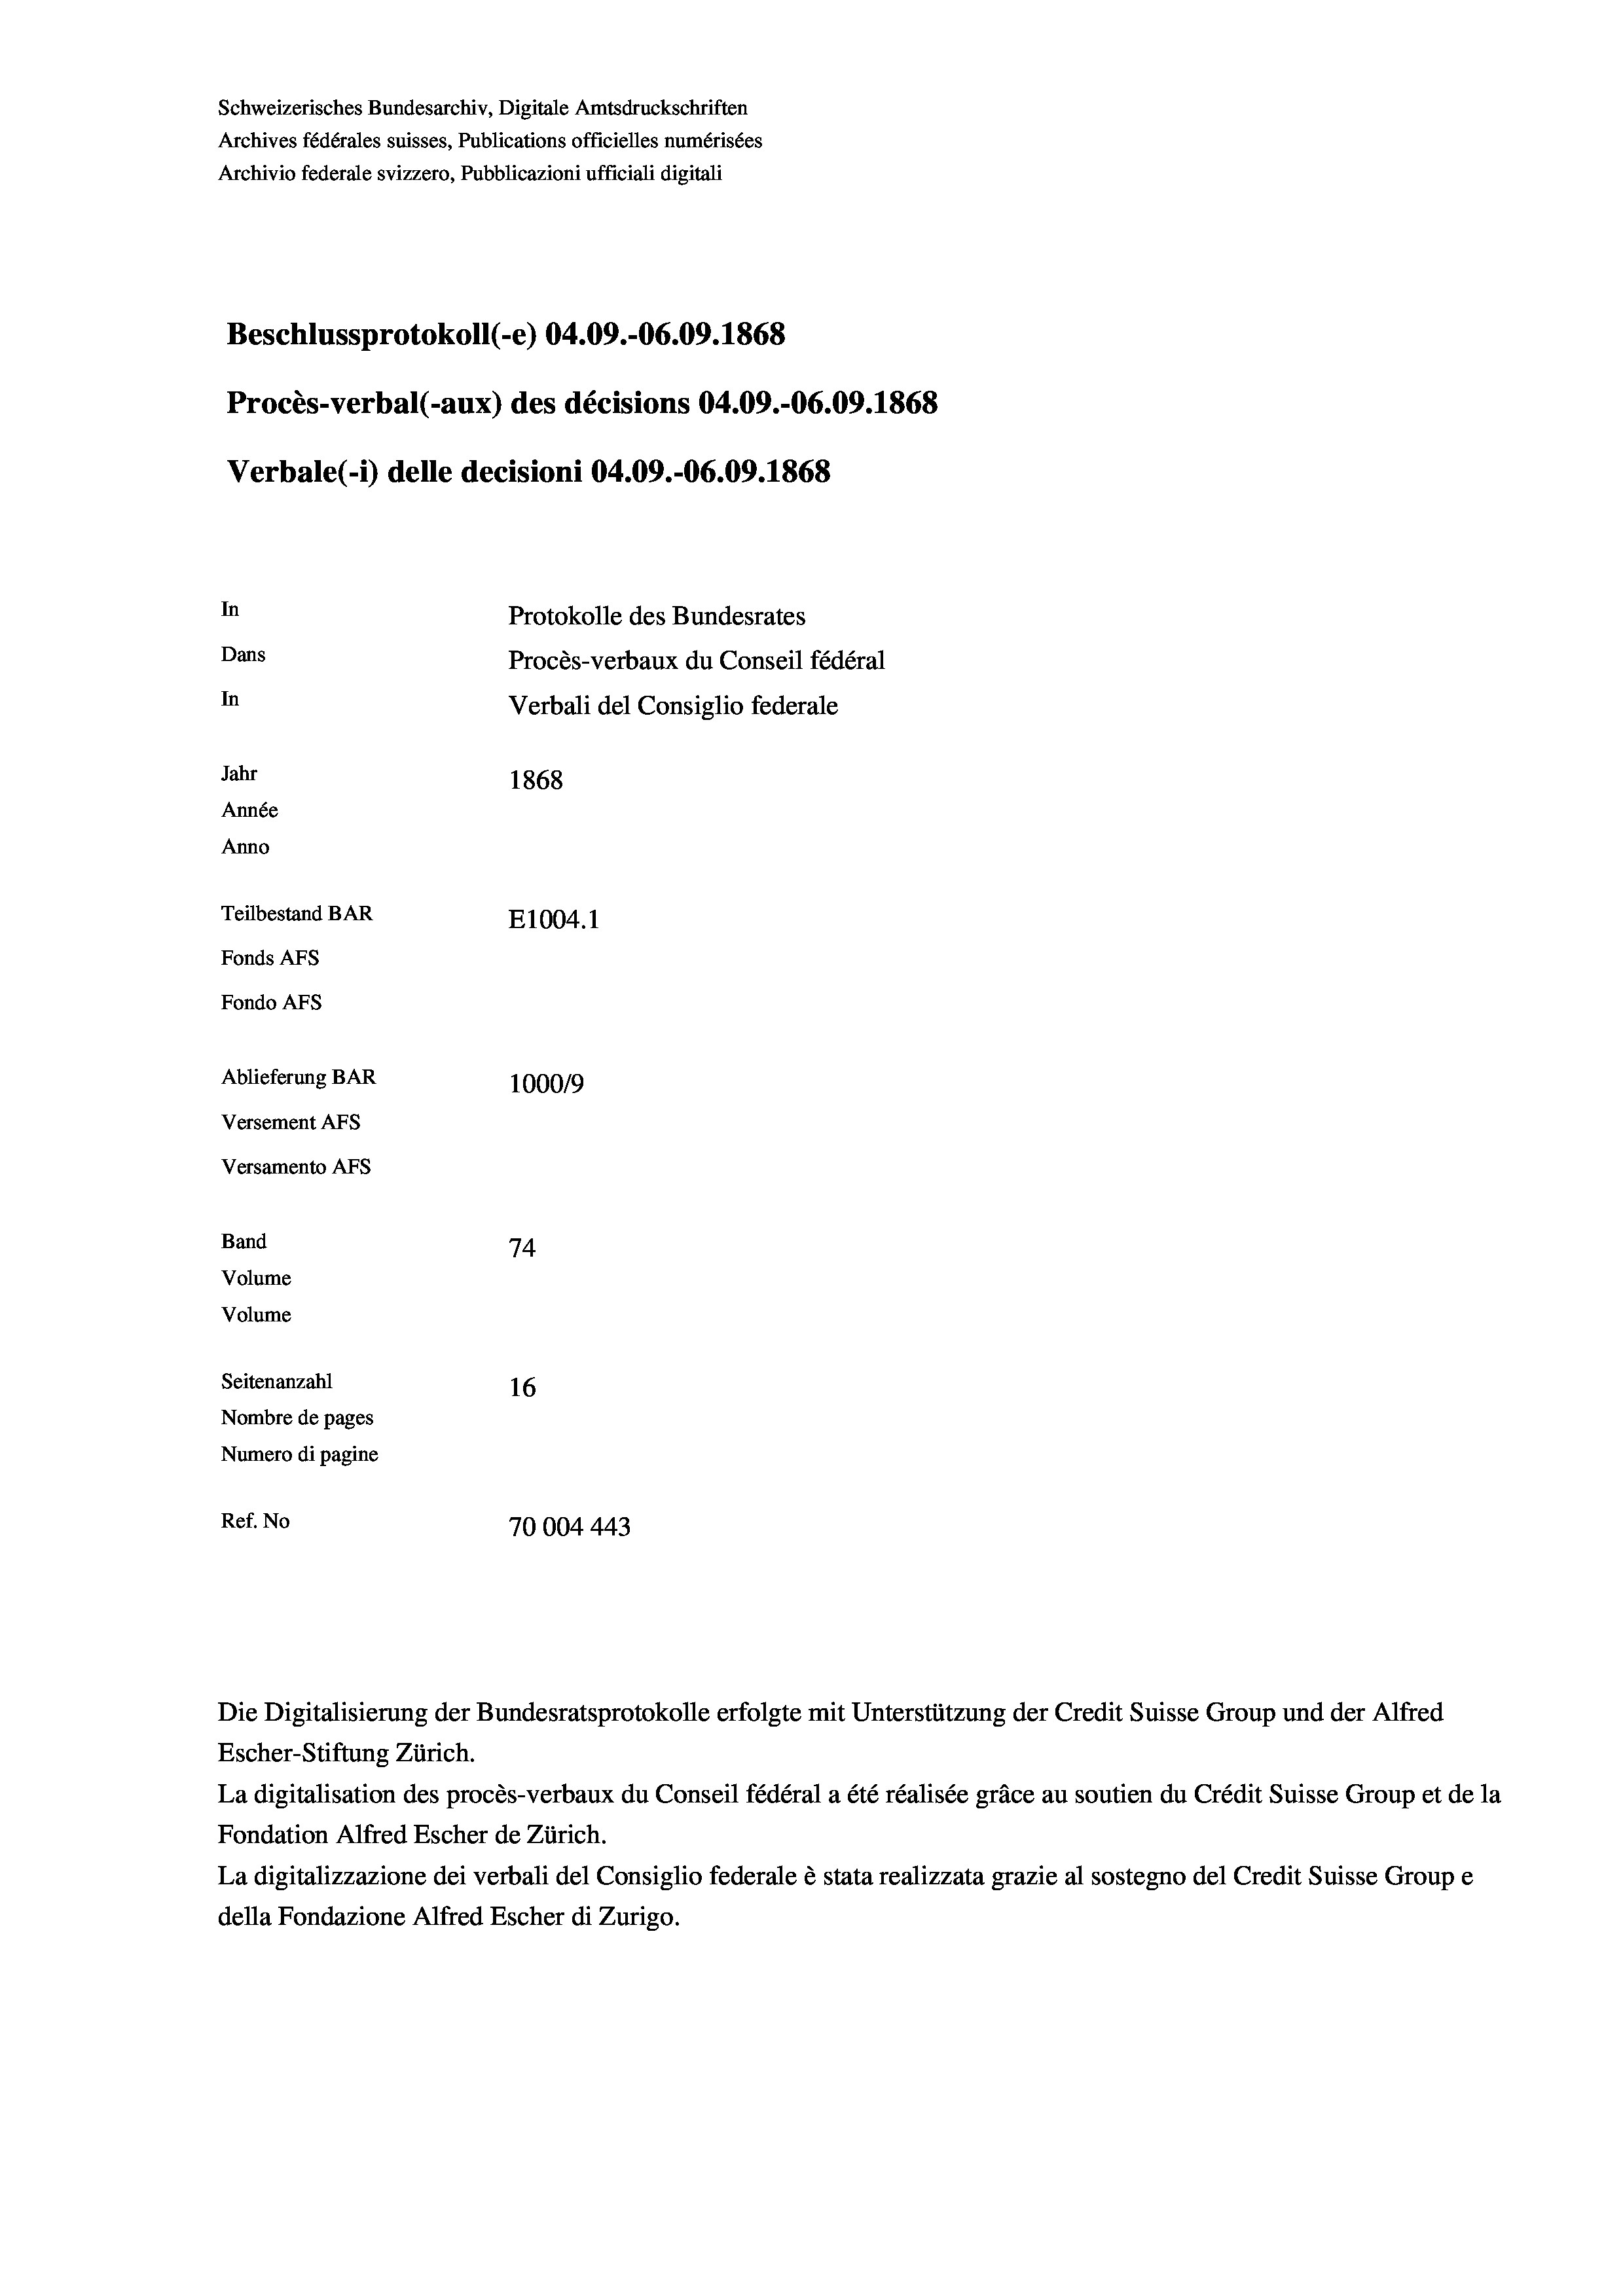
Schweizerisches Bundesarchiv, Digitale Amtsdruckschriften
Archives fédérales suisses, Publications officielles numérisées
Archivio federale svizzero, Pubblicazioni ufficiali digitali
Beschlussprotokoll (-e) 04.09.-06.09. 1868
Procès-verbal (-aux) des décisions 04.09.-06.09. 1868
Verbale (i) delle decisioni 04.09.-06.09. 1868
In
Protokolle des Bundesrates
Dans
Procès-verbaux du Conseil fédéral
In
Verbali del Consiglio federale
Jahr
1868
Année
Anno
Teilbestand BAR
E1004. 1
Fonds AFs
Fondo AFS
Ablieferung BAR
100019
Versement AFs
Versamento AFs
Band
74
Volume
Volume
Seitenanzahl
16
Nombre de pages
Numero di pagine
Ref. No
70004 443

Die Digitalisierung der Bundesratsprotokolle erfolgte mit Unterstützung der Credit Suisse Group und der Alfred
Escher-Stiftung Zürich.
La digitalisation des procès-verbaux du Conseil fédéral a été réalisée gräce au soutien du Crédit Suisse Group et de la
Fondation Alfred Escher de Zürich.
La digitalizzazione dei verbali del Consiglio federale è stata realizzata grazie al sostegno del Credit Suisse Groupe
della Fondazione Alfred Escher di Zurigo.